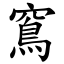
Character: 窵